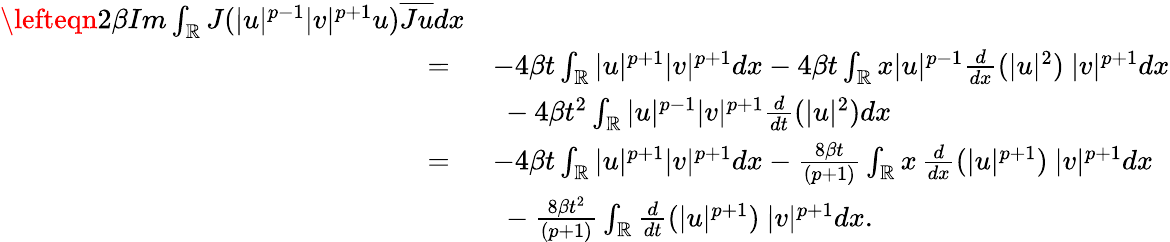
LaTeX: \begin{array}{rl}{\lefteqn{2\beta Im\int_{\mathbb{R}}J(|u|^{p-1}|v|^{p+1}u)\overline{{Ju}}dx}}\\ {=\ }&{-4\beta t\int_{\mathbb{R}}|u|^{p+1}|v|^{p+1}dx-4\beta t\int_{\mathbb{R}}x|u|^{p-1}\frac{d}{dx}(|u|^{2})\ |v|^{p+1}dx}\\ &{\ -4\beta t^{2}\int_{\mathbb{R}}|u|^{p-1}|v|^{p+1}\frac{d}{dt}(|u|^{2})dx}\\ {=\ }&{-4\beta t\int_{\mathbb{R}}|u|^{p+1}|v|^{p+1}dx-\frac{8\beta t}{(p+1)}\int_{\mathbb{R}}x\, \frac{d}{dx}(|u|^{p+1})\ |v|^{p+1}dx}\\ &{\ -\frac{8\beta t^{2}}{(p+1)}\int_{\mathbb{R}}\frac{d}{dt}(|u|^{p+1})\ |v|^{p+1}dx.}\end{array}